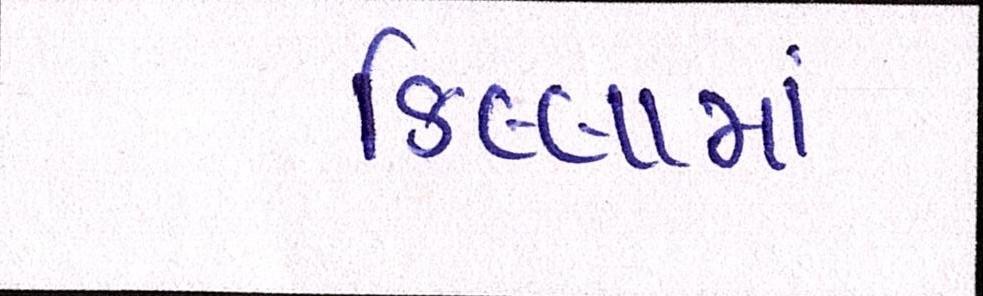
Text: કિલ્લામાં